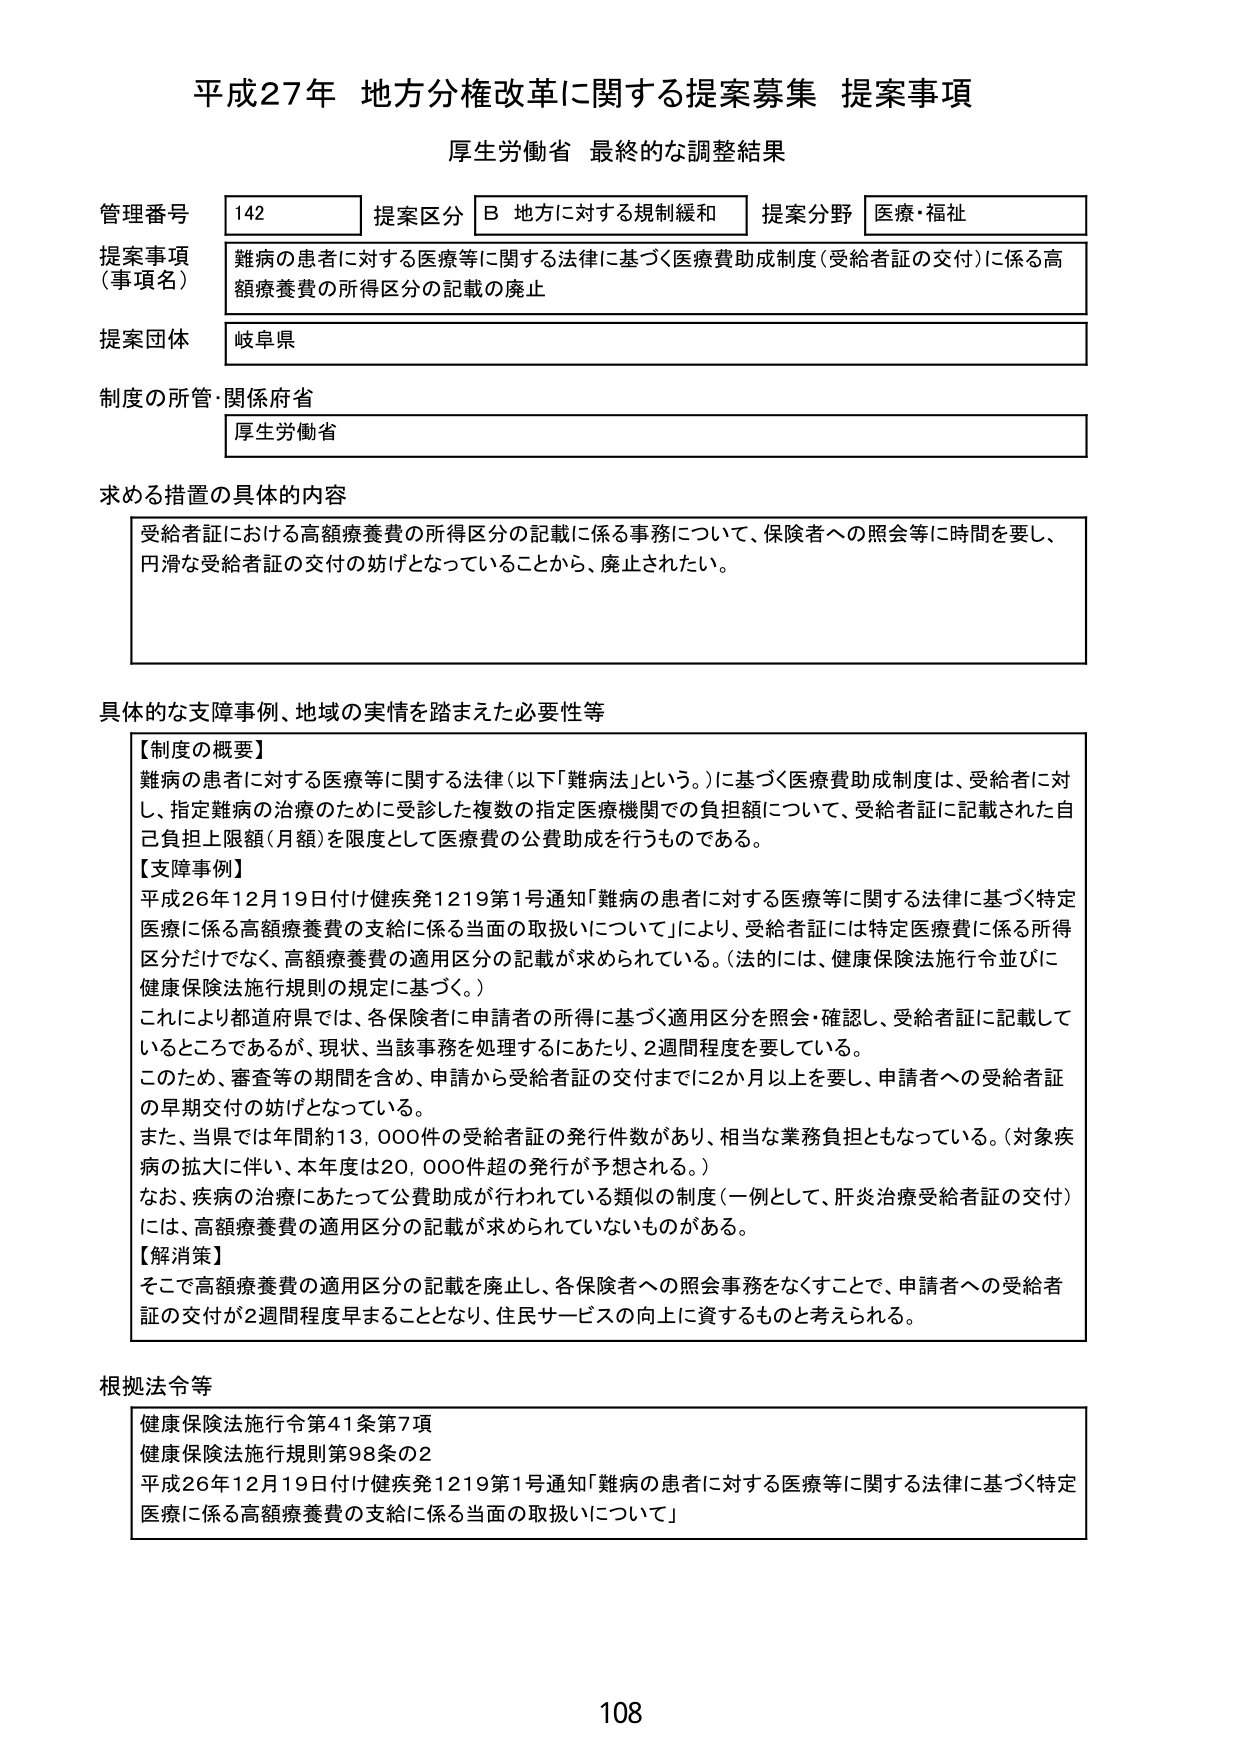
平成27年 地方分権改革に関する提案募集 提案事項
厚生労働省 最終的な調整結果

管理番号 142
提案区分 B 地方に対する規制緩和
提案分野 医療・福祉

提案事項（事項名）
難病の患者に対する医療等に関する法律に基づく医療費助成制度（受給者証の交付）に係る高額療養費の所得区分の記載の廃止

提案団体 岐阜県

制度の所管・関係府省
厚生労働省

求める措置の具体的内容
受給者証における高額療養費の所得区分の記載に係る事務について、保険者への照会等に時間を要し、円滑な受給者証の交付の妨げとなっていることから、廃止されたい。

具体的な支障事例、地域の実情を踏まえた必要性等
【制度の概要】
難病の患者に対する医療等に関する法律（以下「難病法」という。）に基づく医療費助成制度は、受給者に対し、指定難病の治療のために受診した複数の指定医療機関での負担額について、受給者証に記載された自己負担上限額（月額）を限度として医療費の公費助成を行うものである。

【支障事例】
平成26年12月19日付け健疾発1219第1号通知「難病の患者に対する医療等に関する法律に基づく特定医療に係る高額療養費の支給に係る当面の取扱いについて」により、受給者証には特定医療費に係る所得区分だけでなく、高額療養費の適用区分の記載が求められている。（法的には、健康保険法施行令並びに健康保険法施行規則の規定に基づく。）
これにより都道府県では、各保険者に申請者の所得に基づく適用区分を照会・確認し、受給者証に記載しているところであるが、現状、当該事務を処理するにあたり、2週間程度を要している。
このため、審査等の期間を含め、申請から受給者証の交付までに2か月以上を要し、申請者への受給者証の早期交付の妨げとなっている。
また、当県では年間約13,000件の受給者証の発行件数があり、相当な業務負担ともなっている。（対象疾病の拡大に伴い、本年度は20,000件超の発行が予想される。）
なお、疾病の治療にあたって公費助成が行われている類似の制度（一例として、肝炎治療受給者証の交付）には、高額療養費の適用区分の記載が求められていないものがある。

【解消策】
そこで高額療養費の適用区分の記載を廃止し、各保険者への照会事務をなくすことで、申請者への受給者証の交付が2週間程度早まることとなり、住民サービスの向上に資するものと考えられる。

根拠法令等
健康保険法施行令第41条第7項
健康保険法施行規則第98条の2
平成26年12月19日付け健疾発1219第1号通知「難病の患者に対する医療等に関する法律に基づく特定医療に係る高額療養費の支給に係る当面の取扱いについて」

108